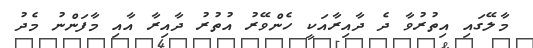
މާލޭގައި އިތުރުވާ ދެ ދާއިރާއަކީ ހެންވޭރު އުތުރު ދާއިރާ އާއި މާފަންނު މެދު